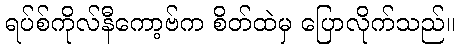
ရပ်စ်ကိုလ်နီကော့ဗ်က စိတ်ထဲမှ ပြောလိုက်သည်။